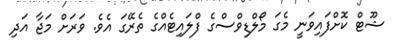
ޝޫޓް ކޮށްފައިވަނީ މެގަ މޯލްޑިވްސްގެ ފްލައިޓެއްގެ ތެރޭގަ އެވެ. ވަރަށް މަޖާ އަދި